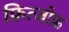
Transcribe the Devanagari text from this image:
फ्रित्जोफ़